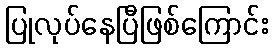
ပြုလုပ်နေပြီဖြစ်ကြောင်း